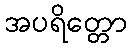
အပရိတ္တော